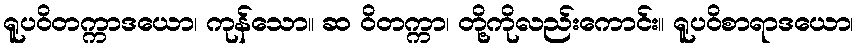
ရူပဝိတက္ကာဒယော၊ ကုန်သော။ ဆ ဝိတက္ကာ၊ တို့ကိုလည်းကောင်း။ ရူပဝိစာရာဒယော၊